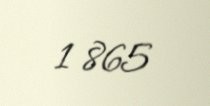
1 865